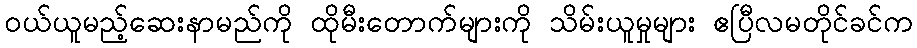
ဝယ်ယူမည့်ဆေးနာမည်ကို ထိုမီးတောက်များကို သိမ်းယူမှုများ ဧပြီလမတိုင်ခင်က